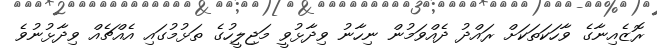
ރޮޒެއިނާގެ ވާހަކަތަކަށް ރައްދު ދެއްވަމުން ނިހާނު ވިދާޅުވީ މަޖިލީހުގެ ތަޅުމުގައި އެއްޗެއް ވިދާޅުނުވެ